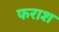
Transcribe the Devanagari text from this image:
फराश